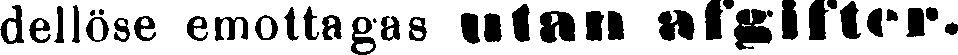
dellöse emottagas utan afgifter.